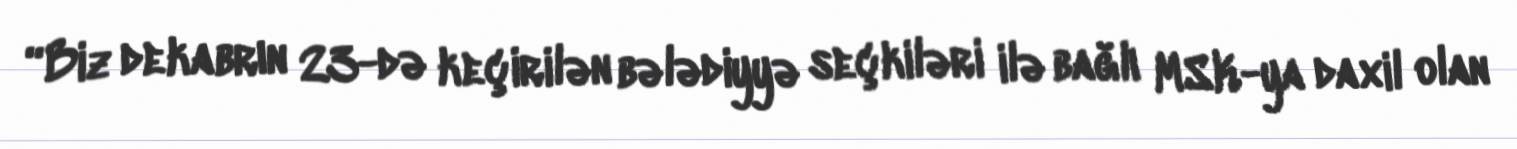
“Biz dekabrın 23-də keçirilən bələdiyyə seçkiləri ilə bağlı MSK-ya daxil olan